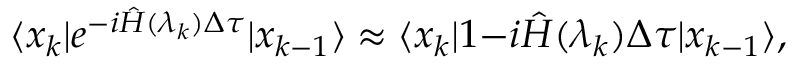
\langle x _ { k } | e ^ { - i \hat { { \cal H } } ( \lambda _ { k } ) \Delta \tau } | x _ { k - 1 } \rangle \approx \langle x _ { k } | 1 { - i \hat { { \cal H } } ( \lambda _ { k } ) \Delta \tau } | x _ { k - 1 } \rangle ,